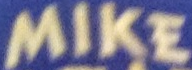
MIKE